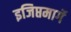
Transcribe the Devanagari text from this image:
इजिप्तमार्गे